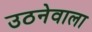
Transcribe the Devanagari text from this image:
उठनेवाला